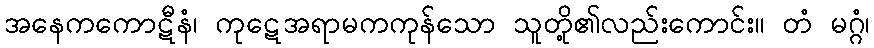
အနေကကောဋီနံ၊ ကုဋေအရာမကကုန်သော သူတို့၏လည်းကောင်း။ တံ မဂ္ဂံ၊